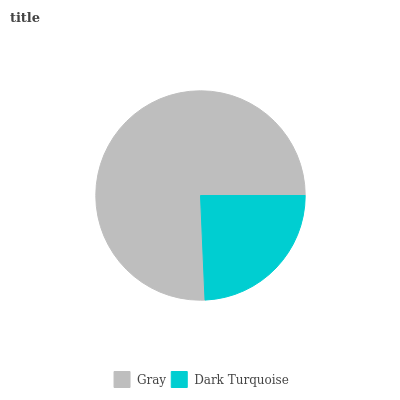
| Gray | Dark Turquoise |
 | --- | --- |
 | 75.7% | 24.3% |